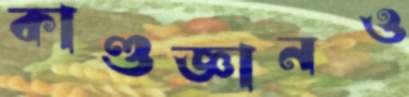
কাণ্ডজ্ঞানও